Report on horse surra - Volume II, Part I
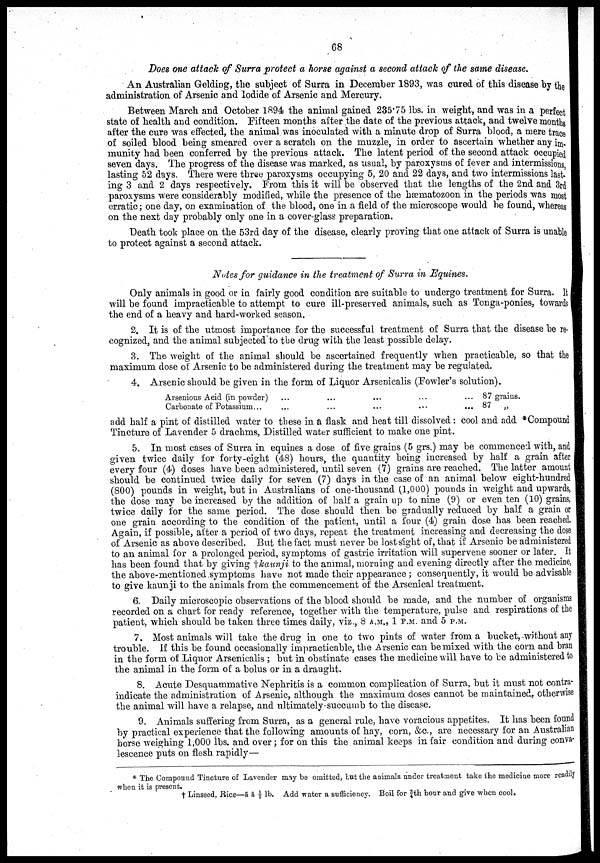
68
Does one attack of Surra protect a horse against a second attack of the same disease.
An Australian Gelding, the subject of Surra in December 1893, was cured of this disease by the
administration of Arsenic and Iodide of Arsenic and Mercury.
Between March and October 1894 the animal gained 235.75 lbs. in weight, and was in a perfect
state of health and condition. Fifteen months after the date of the previous attack, and twelve months
after the cure was effected, the animal was inoculated with a minute drop of Surra blood, a mere trace
of soiled blood being smeared over a scratch on the muzzle, in order to ascertain whether any im-
munity had been conferred by the previous attack. The latent period of the second attack occupied
seven days. The progress of the disease was marked, as usual, by paroxysms of fever and intermissions
lasting 52 days. There were three paroxysms occupying 5, 20 and 22 days, and two intermissions last-
ing 3 and 2 days respectively. From this it will be observed that the lengths of the 2nd and 3rd
paroxysms were considerably modified, while the presence of the hæmatozoon in the periods was most
erratic; one day, on examination of the blood, one in a field of the microscope would be found, whereas
on the next day probably only one in a cover-glass preparation.
Death took place on the 53rd day of the disease, clearly proving that one attack of Surra is unable
to protect against a second attack.
Notes for guidance in the treatment of Surra in Equines.
Only animals in good or in fairly good condition are suitable to undergo treatment for Surra. It
will be found impracticable to attempt to cure ill-preserved animals, such as Tonga-ponies, towards
the end of a heavy and hard-worked season.
2. It is of the utmost importance for the successful treatment of Surra that the disease be re-
cognized, and the animal subjected to the drug with the least possible delay.
3. The weight of the animal should be ascertained frequently when practicable, so that the
maximum dose of Arsenic to be administered during the treatment may be regulated.
4. Arsenic should be given in the form of Liquor Arsenicalis (Fowler's solution).
Arsenious Acid (in powder)
...
...
...
...
... 87 grains.
Carbonate of Potassium...
...
...
...
...
... 87
„
add half a pint of distilled water to these in a flask and heat till dissolved: cool and add *Compound
Tincture of Lavender 5 drachms, Distilled water sufficient to make one pint.
5. In most cases of Surra in equines a dose of five grains (5 grs.) may be commenced with, and
given twice daily for forty-eight (48) hours, the quantity being increased by half a grain after
every four (4) doses have been administered, until seven (7) grains are reached. The latter amount
should be continued twice daily for seven (7) days in the case of an animal below eight-hundred
(800) pounds in weight, but in Australians of one-thousand (1,000) pounds in weight and upwards,
the dose may be increased by the addition of half a grain up to nine (9) or even ten (10) grains,
twice daily for the same period. The dose should then be gradually reduced by half a grain or
one grain according to the condition of the patient, until a four (4) grain dose has been reached.
Again, if possible, after a period of two days, repeat the treatment increasing and decreasing the dose
of Arsenic as above described. But the fact must never be lost sight of, that if Arsenic be administered
to an animal for a prolonged period, symptoms of gastric irritation will supervene sooner or later. It
has been found that by giving †kaunji to the animal, morning and evening directly after the medicine,
the above-mentioned symptoms have not made their appearance ; consequently, it would be advisable
to give kaunji to the animals from the commencement of the Arsenical treatment.
6. Daily microscopic observations of the blood should be made, and the number of organisms
recorded on a chart for ready reference, together with the temperature, pulse and respirations of the
patient, which should be taken three times daily, viz., 8 A.M., 1 P.M. and 5 P.M.
7. Most animals will take the drug in one to two pints of water from a bucket, without any
trouble. If this be found occasionally impracticable, the Arsenic can be mixed with the corn and bran
in the form of Liquor Arsenicalis ; but in obstinate cases the medicine will have to be administered to
the animal in the form of a bolus or in a draught.
8. Acute Desquammative Nephritis is a common complication of Surra, but it must not contra-
indicate the administration of Arsenic, although the maximum doses cannot be maintained, otherwise
the animal will have a relapse, and ultimately succumb to the disease.
9. Animals suffering from Surra, as a general rule, have voracious appetites. It has been found
by practical experience that the following amounts of hay, corn, &c., are necessary for an Australian
horse weighing 1,000 lbs. and over ; for on this the animal keeps in fair condition and during conva-
lescence puts on flesh rapidly—
* The Compound Tincture of Lavender may be omitted, but the animals under treatment take the medicine more readily
when it is present.
† Linseed, Rice—ã ã ½ lb. Add water a sufficiency. Boil for ¾th hour and give when cool.